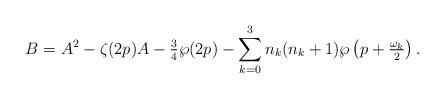
LaTeX: \begin{align*}B=A^{2}-\zeta(2p)A-\tfrac{3}{4}\wp(2p)-\sum_{k=0}^{3}n_{k}(n_{k}+1)\wp \left(p+\tfrac{\omega_{k}}{2}\right) . \end{align*}